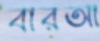
বারআ